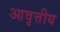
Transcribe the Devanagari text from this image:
आवृत्तीय